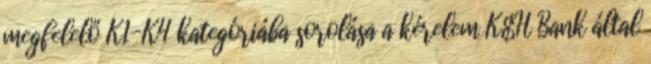
megfelelő K1-K4 kategóriába sorolása a kérelem K&H Bank által